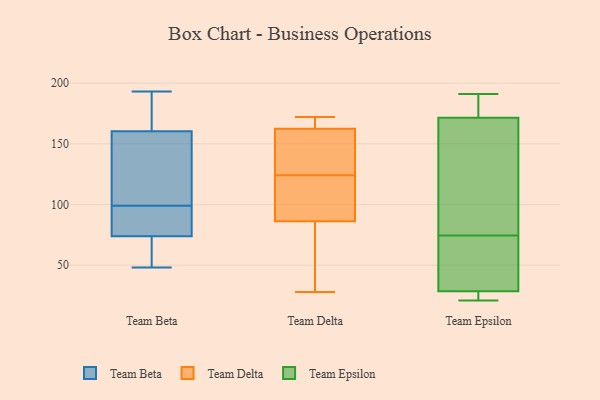
{"axis": {"x": "Latency (ms)", "y": "Value"}, "legend": ["Team Beta", "Team Delta", "Team Epsilon"], "data": [{"x": "", "y": 193, "type": "Team Beta"}, {"x": "", "y": 89, "type": "Team Beta"}, {"x": "", "y": 70, "type": "Team Beta"}, {"x": "", "y": 145, "type": "Team Beta"}, {"x": "", "y": 48, "type": "Team Beta"}, {"x": "", "y": 160, "type": "Team Beta"}, {"x": "", "y": 96, "type": "Team Beta"}, {"x": "", "y": 75, "type": "Team Beta"}, {"x": "", "y": 188, "type": "Team Beta"}, {"x": "", "y": 113, "type": "Team Beta"}, {"x": "", "y": 61, "type": "Team Beta"}, {"x": "", "y": 114, "type": "Team Beta"}, {"x": "", "y": 63, "type": "Team Beta"}, {"x": "", "y": 168, "type": "Team Beta"}, {"x": "", "y": 99, "type": "Team Beta"}, {"x": "", "y": 161, "type": "Team Beta"}, {"x": "", "y": 87, "type": "Team Beta"}, {"x": "", "y": 136, "type": "Team Delta"}, {"x": "", "y": 167, "type": "Team Delta"}, {"x": "", "y": 139, "type": "Team Delta"}, {"x": "", "y": 124, "type": "Team Delta"}, {"x": "", "y": 102, "type": "Team Delta"}, {"x": "", "y": 117, "type": "Team Delta"}, {"x": "", "y": 167, "type": "Team Delta"}, {"x": "", "y": 38, "type": "Team Delta"}, {"x": "", "y": 75, "type": "Team Delta"}, {"x": "", "y": 137, "type": "Team Delta"}, {"x": "", "y": 90, "type": "Team Delta"}, {"x": "", "y": 52, "type": "Team Delta"}, {"x": "", "y": 172, "type": "Team Delta"}, {"x": "", "y": 161, "type": "Team Delta"}, {"x": "", "y": 109, "type": "Team Delta"}, {"x": "", "y": 169, "type": "Team Delta"}, {"x": "", "y": 28, "type": "Team Delta"}, {"x": "", "y": 167, "type": "Team Epsilon"}, {"x": "", "y": 21, "type": "Team Epsilon"}, {"x": "", "y": 129, "type": "Team Epsilon"}, {"x": "", "y": 68, "type": "Team Epsilon"}, {"x": "", "y": 63, "type": "Team Epsilon"}, {"x": "", "y": 28, "type": "Team Epsilon"}, {"x": "", "y": 29, "type": "Team Epsilon"}, {"x": "", "y": 81, "type": "Team Epsilon"}, {"x": "", "y": 191, "type": "Team Epsilon"}, {"x": "", "y": 186, "type": "Team Epsilon"}, {"x": "", "y": 21, "type": "Team Epsilon"}, {"x": "", "y": 176, "type": "Team Epsilon"}]}